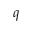
_ q